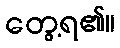
တွေ့ရ၏။